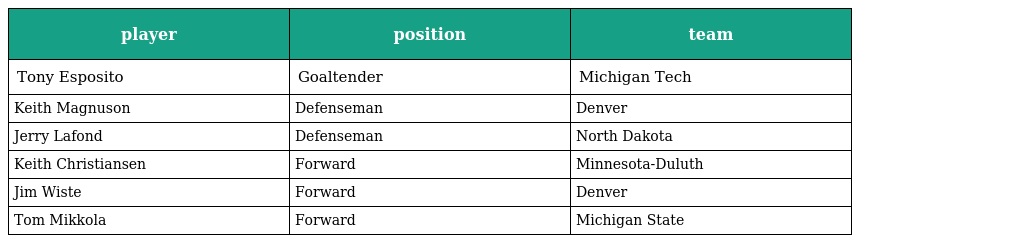
| player | position | team |
 | --- | --- | --- |
 | Tony Esposito | Goaltender | Michigan Tech |
 | Keith Magnuson | Defenseman | Denver |
 | Jerry Lafond | Defenseman | North Dakota |
 | Keith Christiansen | Forward | Minnesota-Duluth |
 | Jim Wiste | Forward | Denver |
 | Tom Mikkola | Forward | Michigan State |